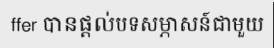
ffer បានផ្តល់បទសម្ភាសន៍ជាមួយ